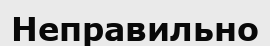
Неправильно